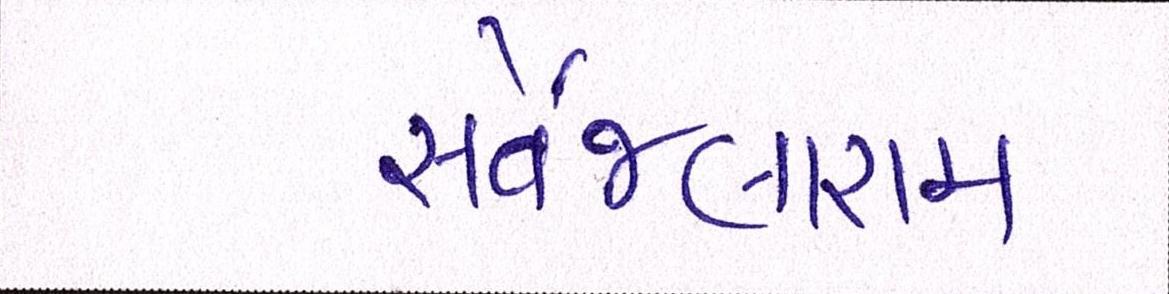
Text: સર્વેજલારામ